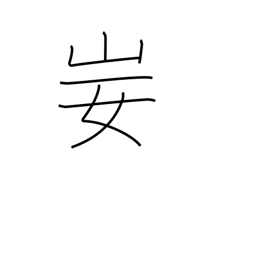
Meaning: contempt